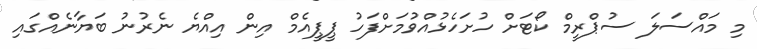
މި މައްސަލަ ސުޕްރީމް ކޯޓަށް ހުށަހެޅުއްވުމަށްފަހު ޕީޕީއެމް އިން އިއްޔެ ނެރުނު ބަޔާނެއްގައި